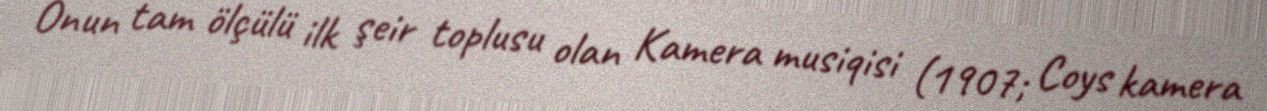
Onun tam ölçülü ilk şeir toplusu olan Kamera musiqisi (1907; Coys kamera